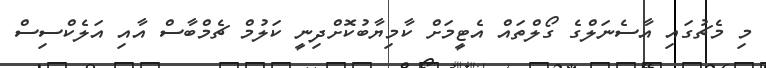
މި މެޗުުގައި އާސެނަލްގެ ގޯލްތައް އެޓީމަށް ކާމިޔާބުކޮށްދިނީ ކަލުމް ޗެމްބާސް އާއި އަލެކްސިސް